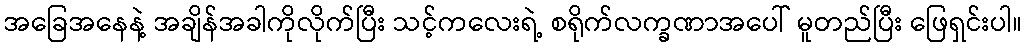
အခြေအနေနဲ့ အချိန်အခါကိုလိုက်ပြီး သင့်ကလေးရဲ့ စရိုက်လက္ခဏာအပေါ် မူတည်ပြီး ဖြေရှင်းပါ။